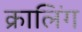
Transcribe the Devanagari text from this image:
क्रालिंग